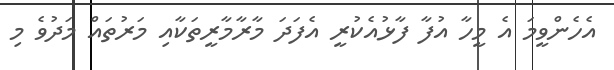
އެހެންވީމަ އެ މީހާ އުފާ ފާޅުއެކުރީ އެފަދަ މާރާމާރީތަކާއި މަރުތައް މަދުވެ މި